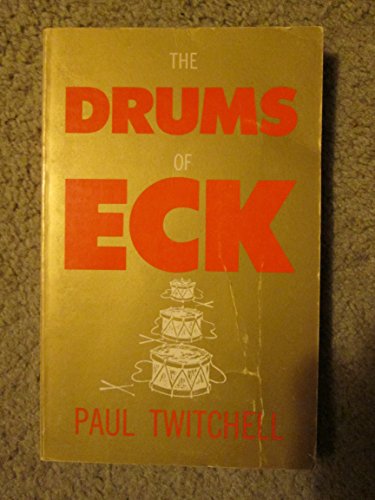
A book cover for The Drums of Eck; Paul Twitchell; Religion & Spirituality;